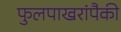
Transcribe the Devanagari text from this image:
फुलपाखरांपैकी